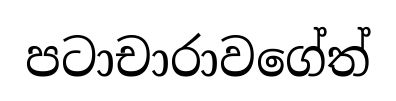
පටාචාරාවගේත්